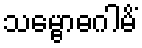
သမ္ဗောဓဂါမိံ